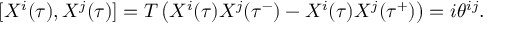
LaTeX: [ X ^ { i } ( \tau ) , X ^ { j } ( \tau ) ] = T \left( X ^ { i } ( \tau ) X ^ { j } ( \tau ^ { - } ) - X ^ { i } ( \tau ) X ^ { j } ( \tau ^ { + } ) \right) = i \theta ^ { i j } .